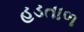
હડતાળ